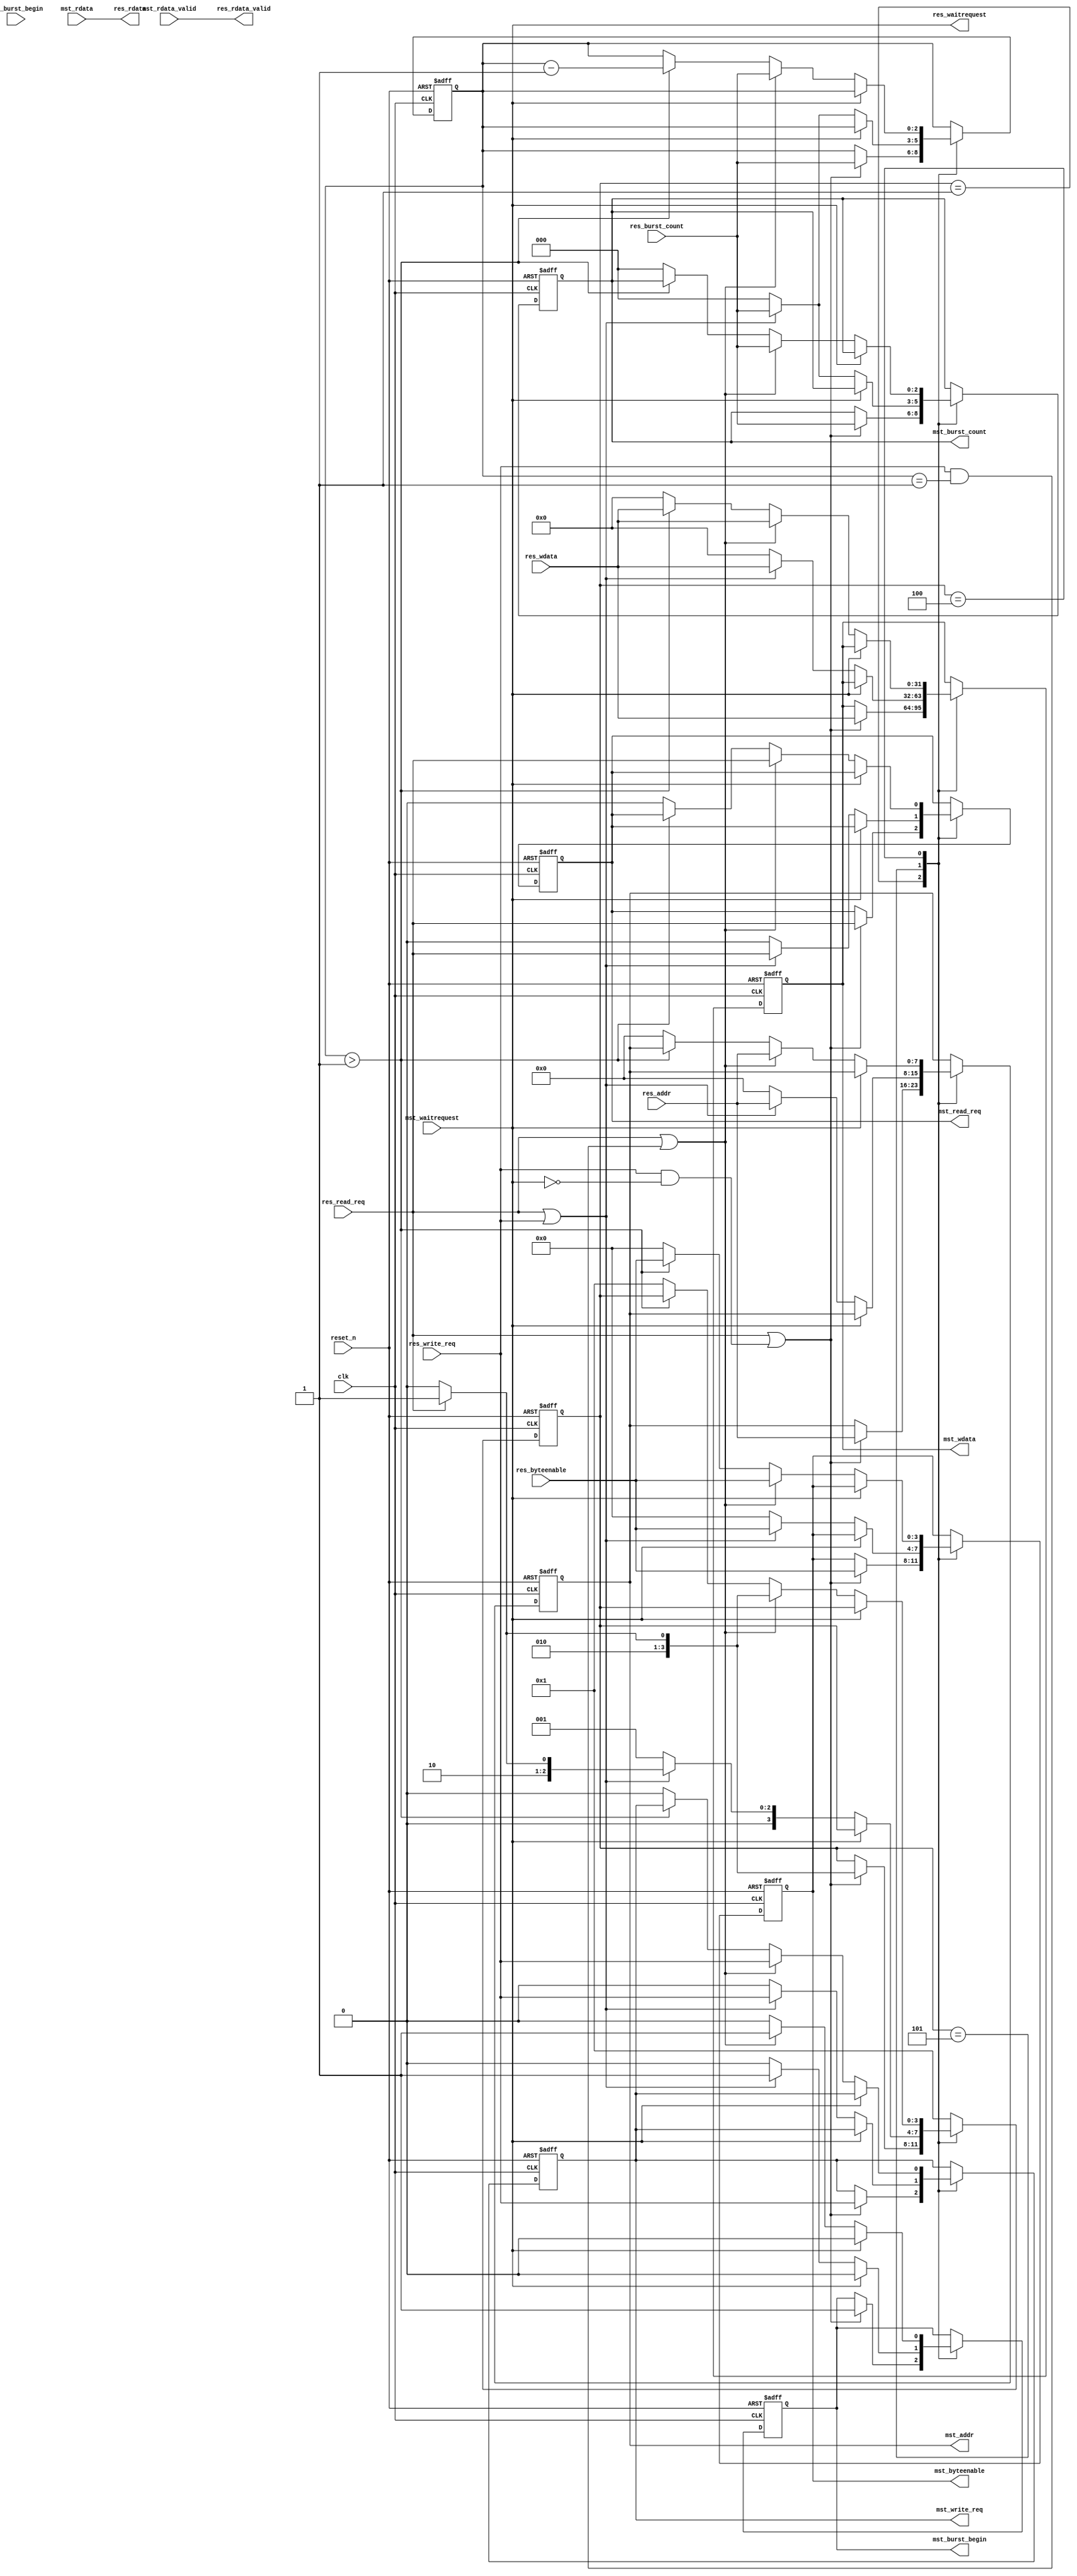

`timescale 1ns / 1ns

module mpfe_master_port #( 
    parameter
        SLV_ADDR_WIDTH          = 8,
        MST_ADDR_WIDTH          = 8,
        DATA_WIDTH              = 32,
        BCOUNT_WIDTH            = 3
        
    )
    (
        input wire                      clk,
        input wire                      reset_n,
        
        // Avalon interface from the arbiter
        input wire                          res_write_req,
        input wire                          res_read_req,
        input wire                          res_burst_begin,
        input wire [SLV_ADDR_WIDTH - 1 : 0] res_addr,
        input wire [DATA_WIDTH - 1 : 0]     res_wdata,
        input wire [DATA_WIDTH/8-1 : 0]     res_byteenable,
        input wire [BCOUNT_WIDTH-1 : 0]     res_burst_count,
        output wire                         res_waitrequest,
        output wire                         res_rdata_valid,
        output wire[DATA_WIDTH - 1 : 0]     res_rdata,        
        
        // Avalon interface to the shared slave
        output reg                          mst_write_req,
        output reg                          mst_read_req,
        output reg                          mst_burst_begin,
        output reg [BCOUNT_WIDTH - 1 : 0]   mst_burst_count,
        output reg [MST_ADDR_WIDTH - 1 : 0] mst_addr,
        output reg [DATA_WIDTH - 1 : 0]     mst_wdata,
        output reg [DATA_WIDTH/8-1 : 0]     mst_byteenable,    
        input wire                          mst_waitrequest,
        input wire                          mst_rdata_valid,
        input wire [DATA_WIDTH - 1 : 0]     mst_rdata        
    );

    reg [BCOUNT_WIDTH -1 : 0] wdata_burstcount;
    
    // assign res_waitrequest = mst_waitrequest || int_waitrequest;
    assign res_waitrequest = mst_waitrequest;
    assign res_rdata_valid = mst_rdata_valid;
    assign res_rdata = mst_rdata;
    
    
    localparam INIT        = 'h0;
    localparam IDLE        = 'h1;
    localparam WR_REQ      = 'h4;
    localparam RD_REQ      = 'h5;
    localparam GRANT       = 'hf;

    reg [3:0] state;    
    
    // FSM to control the flow
   always @(posedge clk, negedge reset_n)
   begin : FSM
       if (!reset_n)
            begin
                state <= INIT;
                mst_write_req      <= 0 ;
                mst_read_req       <= 0 ;
                mst_burst_begin    <= 0 ;
                mst_burst_count    <= 0 ;
                mst_addr           <= 0 ;
                mst_wdata          <= 0 ;
                mst_byteenable     <= 0 ;                
                
                wdata_burstcount <= 0;
                // int_waitrequest <= 1'b0; 
            end
       else begin
            case (state)
                INIT :  // reset state
                    begin 
                      state <= IDLE;
                    end
                IDLE :
                    begin
                        if (res_read_req || res_write_req  && ~mst_waitrequest) 
                        begin
                            mst_write_req  <= res_write_req;
                            mst_read_req   <= res_read_req;
                            mst_addr       <= {res_addr,{MST_ADDR_WIDTH-SLV_ADDR_WIDTH{1'b0}}};
                            mst_wdata      <= res_wdata;
                            mst_byteenable <= res_byteenable;
                            mst_burst_count <= res_burst_count;
                            mst_burst_begin <= 1'b1; //res_burst_begin;

                            wdata_burstcount <= res_burst_count;
                            
                            if (res_read_req)
                                state <= RD_REQ;
                            else
                                state <= WR_REQ;
                        end
                    end
                RD_REQ : // single cycle if waitrequest isn't asserted
                    begin
                        mst_burst_begin <= 1'b0;

                        if (mst_waitrequest == 1'b0) begin
                            
                            // another command is ready
                            if (res_read_req || res_write_req) begin
                                mst_write_req  <= res_write_req;
                                mst_read_req   <= res_read_req;
                                mst_addr       <= {res_addr,{MST_ADDR_WIDTH-SLV_ADDR_WIDTH{1'b0}}};
                                mst_wdata      <= res_wdata;
                                mst_byteenable <= res_byteenable;
                                mst_burst_count <= res_burst_count;
                                mst_burst_begin <= 1'b1;
                                
                                wdata_burstcount <= res_burst_count;
                                
                                if (res_read_req)
                                    state <= RD_REQ;
                                else
                                    state <= WR_REQ;
                            end
                            else begin
                            
                                mst_write_req  <=  1'b0;
                                mst_read_req   <=  1'b0;
                                mst_addr       <=  0;
                                mst_wdata      <=  0;
                                mst_byteenable <=  0;
                                mst_burst_count <= 0;        
                                mst_burst_begin <= 0;        
                                
                                wdata_burstcount <= 0;
                                
                                state <= IDLE;
                            end 
                        end
                    end
                            
                WR_REQ : // stay here for enough cycles to transfer all the beats of wdata if waitrequest isn't asserted
                    begin           
                        mst_burst_begin <= 1'b0;
                        
                        if (mst_waitrequest == 1'b0) begin
                            // another command is ready
                            if (res_read_req || (res_write_req && wdata_burstcount == 1)) begin
                                mst_write_req  <= res_write_req;
                                mst_read_req   <= res_read_req;
                                mst_addr       <= {res_addr,{MST_ADDR_WIDTH-SLV_ADDR_WIDTH{1'b0}}};
                                mst_wdata      <= res_wdata;
                                mst_byteenable <= res_byteenable;
                                mst_burst_count <= res_burst_count;
                                mst_burst_begin <= 1'b1;

                                wdata_burstcount <= res_burst_count;
                                
                                if (res_read_req)
                                    state <= RD_REQ;
                                else
                                    state <= WR_REQ;
                            end
                            else if (wdata_burstcount > 1) begin
                                // stay here
                                mst_wdata      <= res_wdata;
                                mst_byteenable <= res_byteenable;

                                wdata_burstcount <= wdata_burstcount - 1'b1;                                
                            end    
                            else begin
                            
                                mst_write_req  <=  1'b0;
                                mst_read_req   <=  1'b0;
                                mst_addr       <=  0;
                                mst_wdata      <=  0;
                                mst_byteenable <=  0;
                                mst_burst_count <= 0;                               
                                mst_burst_begin <= 0;                               
                                state <= IDLE;
                            end       
                        end
                    end

                GRANT :
                    begin
                           state           <= IDLE;
                    end
                default : state <= IDLE;
            endcase
       end
   end

endmodule